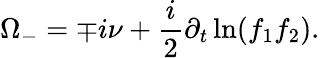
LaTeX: \Omega_{-}=\mp i\nu+\frac{i}{2}\partial_{t}\ln(f_{1}f_{2}).